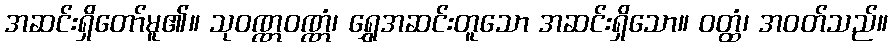
အဆင်းရှိတော်မူ၏။ သုဝဏ္ဏဝဏ္ဏံ၊ ရွှေအဆင်းတူသော အဆင်းရှိသော။ ဝတ္ထံ၊ အဝတ်သည်။